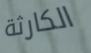
الكارثة